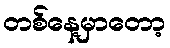
တစ်နေ့မှာတော့